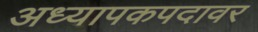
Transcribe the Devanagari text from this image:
अध्यापकपदावर